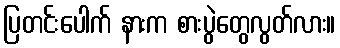
ပြတင်းပေါက် နားက စားပွဲတွေလွတ်လား။